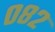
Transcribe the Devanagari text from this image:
०८२